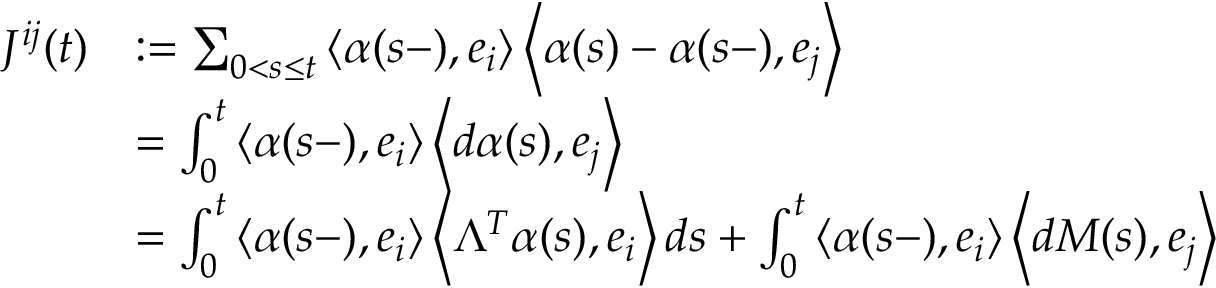
\begin{array} { r l } { J ^ { i j } ( t ) } & { : = \sum _ { 0 < s \leq t } \left\langle \alpha ( s - ) , e _ { i } \right\rangle \left\langle \alpha ( s ) - \alpha ( s - ) , e _ { j } \right\rangle } \\ & { = \int _ { 0 } ^ { t } \left\langle \alpha ( s - ) , e _ { i } \right\rangle \left\langle d \alpha ( s ) , e _ { j } \right\rangle } \\ & { = \int _ { 0 } ^ { t } \left\langle \alpha ( s - ) , e _ { i } \right\rangle \left\langle \Lambda ^ { T } \alpha ( s ) , e _ { i } \right\rangle d s + \int _ { 0 } ^ { t } \left\langle \alpha ( s - ) , e _ { i } \right\rangle \left\langle d M ( s ) , e _ { j } \right\rangle } \end{array}